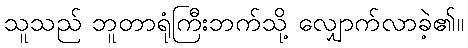
သူသည် ဘူတာရုံကြီးဘက်သို့ လျှောက်လာခဲ့၏။